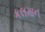
કલમાન